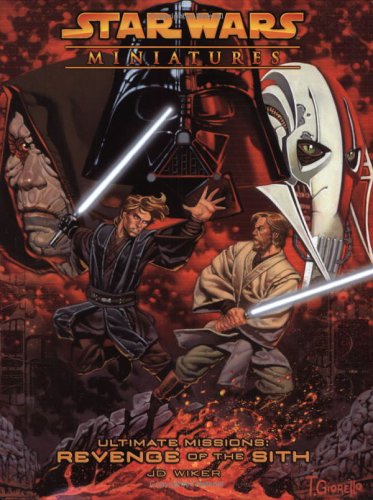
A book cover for Star Wars Miniatures Ultimate Missions: Revenge of the Sith: A Star Wars Miniatures Game Product; J.D. Wiker; Science Fiction & Fantasy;